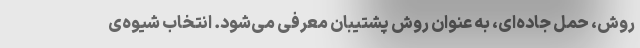
روش، حمل جاده‌ای، به عنوان روش پشتیبان معرفی می‌شود. انتخاب شیوه‌ی